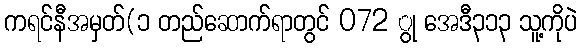
ကရင်နီအမှတ်(၁ တည်ဆောက်ရာတွင် 072 ွု အေဒီ၃၁၃ သူ့ကိုပဲ